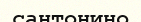
сантонино